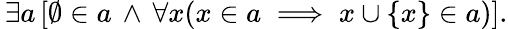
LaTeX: \, \exists a\, [\emptyset\in a\, \land\, \forall x(x\in a\implies x\cup\{ x\} \in a)].